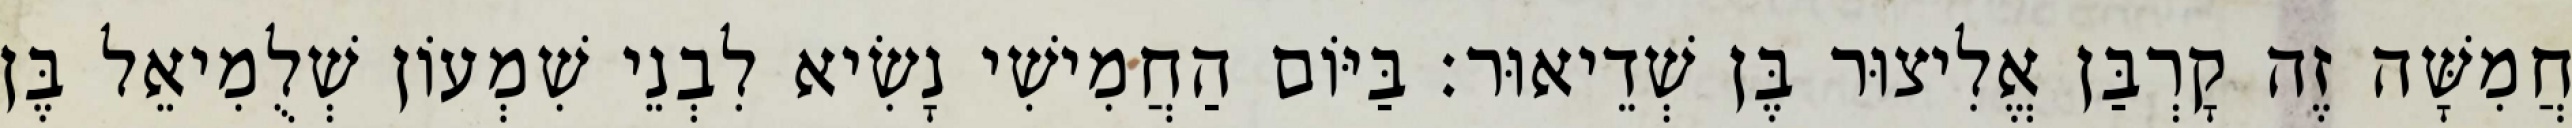
חֲמִשָּׁה זֶה קָרְבַּן אֱלִיצוּר בֶּן שְׁדֵיאוּר׃ בַּיּוֹם הַחֲמִישִׁי נָשִׂיא לִבְנֵי שִׁמְעוֹן שְׁלֻמִיאֵל בֶּן